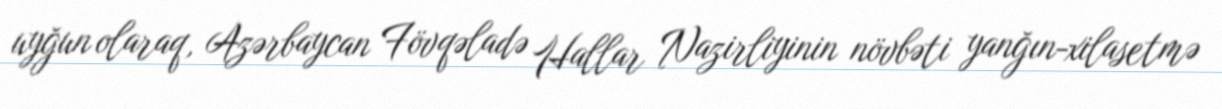
uyğun olaraq, Azərbaycan Fövqəladə Hallar Nazirliyinin növbəti yanğın-xilasetmə